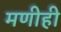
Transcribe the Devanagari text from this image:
मणीही